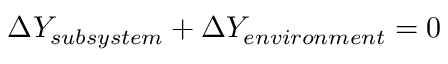
\Delta Y _ { s u b s y s t e m } + \Delta Y _ { e n v i r o n m e n t } = 0